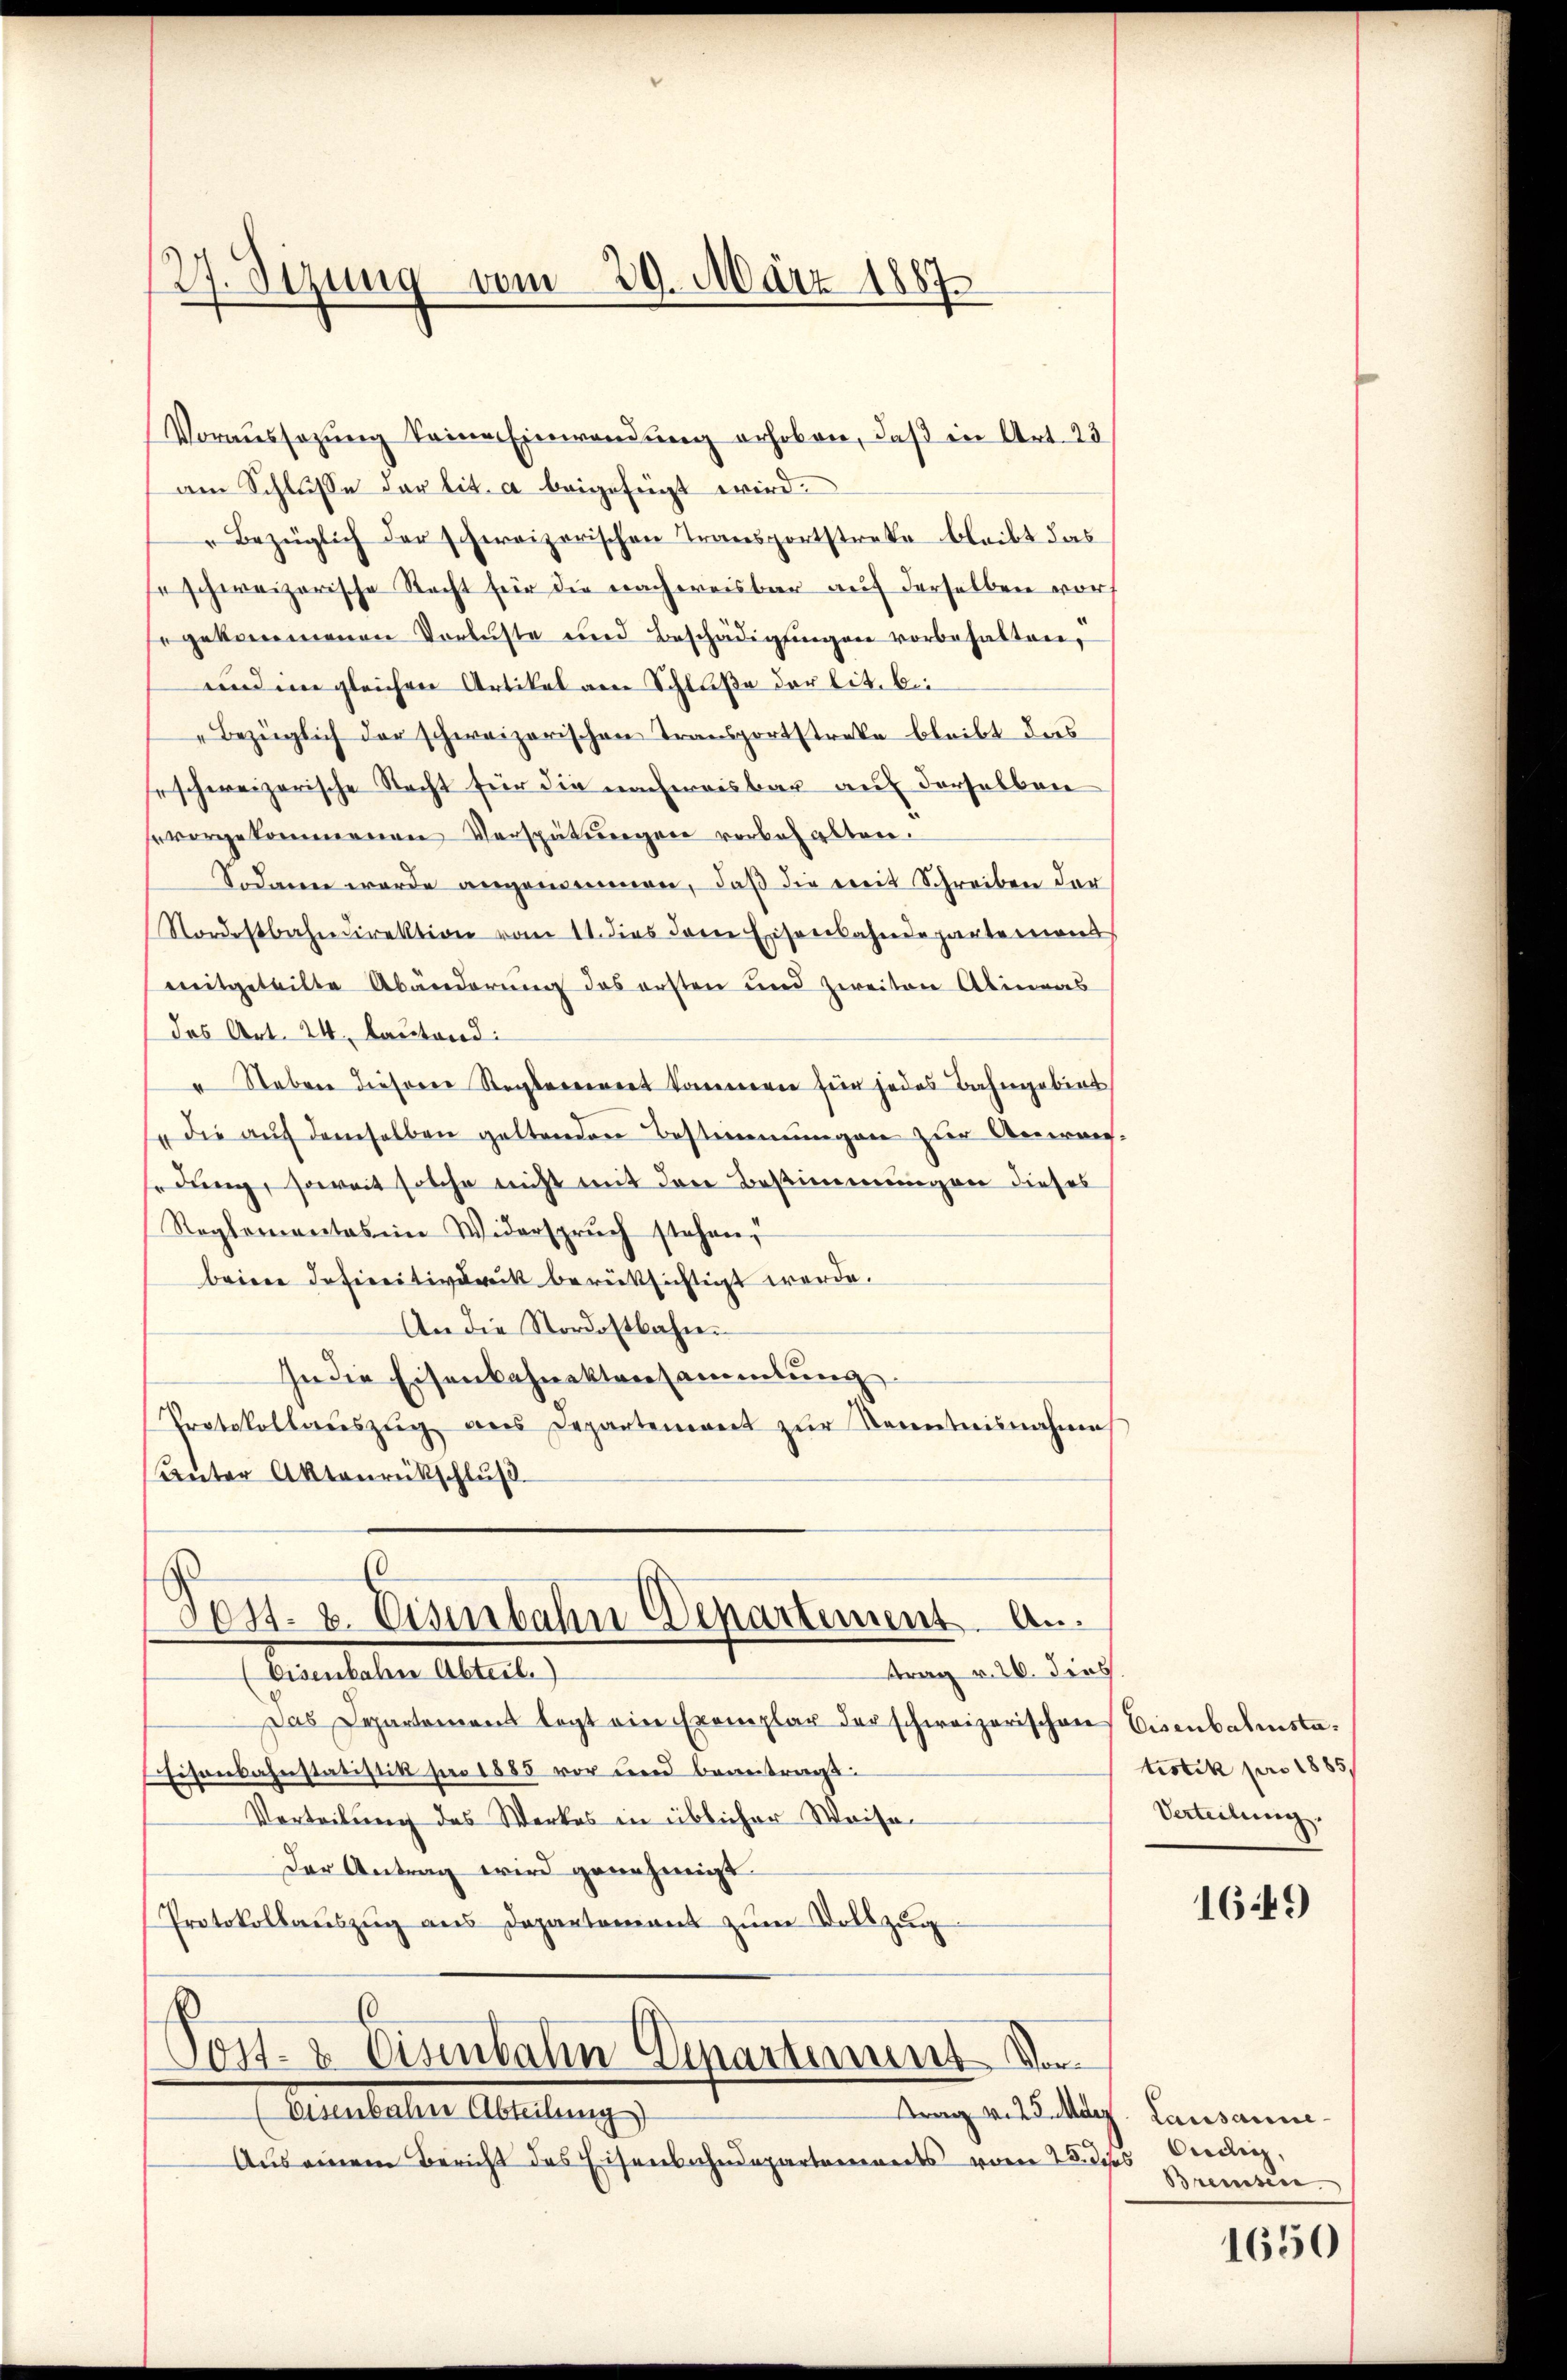
(27. Sizung vom 29. März 1887

Voraussezung keine Einwendung erhoben, daß in Art. 23
am Schlusse der lit. a beigefügt wird.
Bezüglich der schweizerischen Transportstreke bleibt das
se schweizerische Recht für die nachweisbar auf derselben vor
gekommenen Vorlüste und Beschädigŭngen vorbehalten,
und im gleichen Artikel am Schluße der lit. bei
Bezüglich der schweizerischen Transportstreke bleibt das
seschweizerische Nacht für die nachweisbar auf derselben
evergekommenen Verspätungen vorbehalten.
Sodann werde angemeinnen, daß die mit Schreiben der
Nordostbahndirektion vom 11. dies dem Eisenbahndepartemons
mitgeteilte Abänderung des ersten und zweiten Alineas
das Art. 24 lautend:
" Neben dieserer Stegbarerrent kommern für jedes Bahngebiet
" die aŭf demselben geltenden Bestimmungen zur Anweis-
edung, soweit solche nicht mit den Bestimmungen dieses
Reglementas ein Widerspruch stehen,
beime Definitivdruck berücksichtigt werde.
An die Nordostbahn.
In die Eisenbahnektensammlung.
Protokollaŭszŭg ans Departement zŭr Kenntnisnahme
Unter Aktenrückschluß
0
Post. 2. Eisenbahn Departement ..
trag v. 20. dies
Transtalten Altert.
Das Departamens legt ein Exemplar der schweizerischen Eisenbahnstaisenbahnstatistik für 1885 vor und beweitrag
Vorteilung des Werkes in üblicher Weise
Der Antrag wird genehmigt.
Protokollauszug aus Departement zum Vollzug

6
Post- & Eisenbahn Departement Vo

Auutaler Abstellung
trag v. 23. März. Lausanne¬
Aus einem Bericht des Eisenbahndepartements vom 25. des Credig,

tistik pro 1885/
Verteilung.

1649

Breesen.

1650